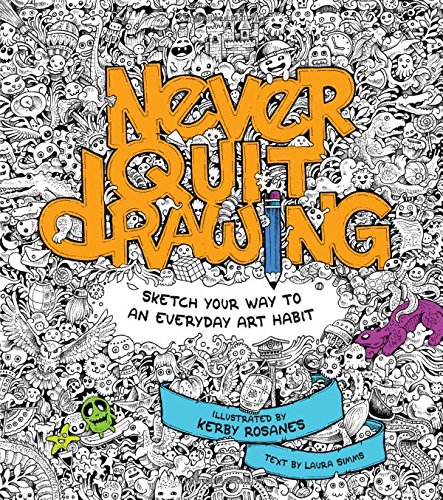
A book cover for Never Quit Drawing: Sketch Your Way to an Everyday Art Habit; Laura Simms; Arts & Photography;